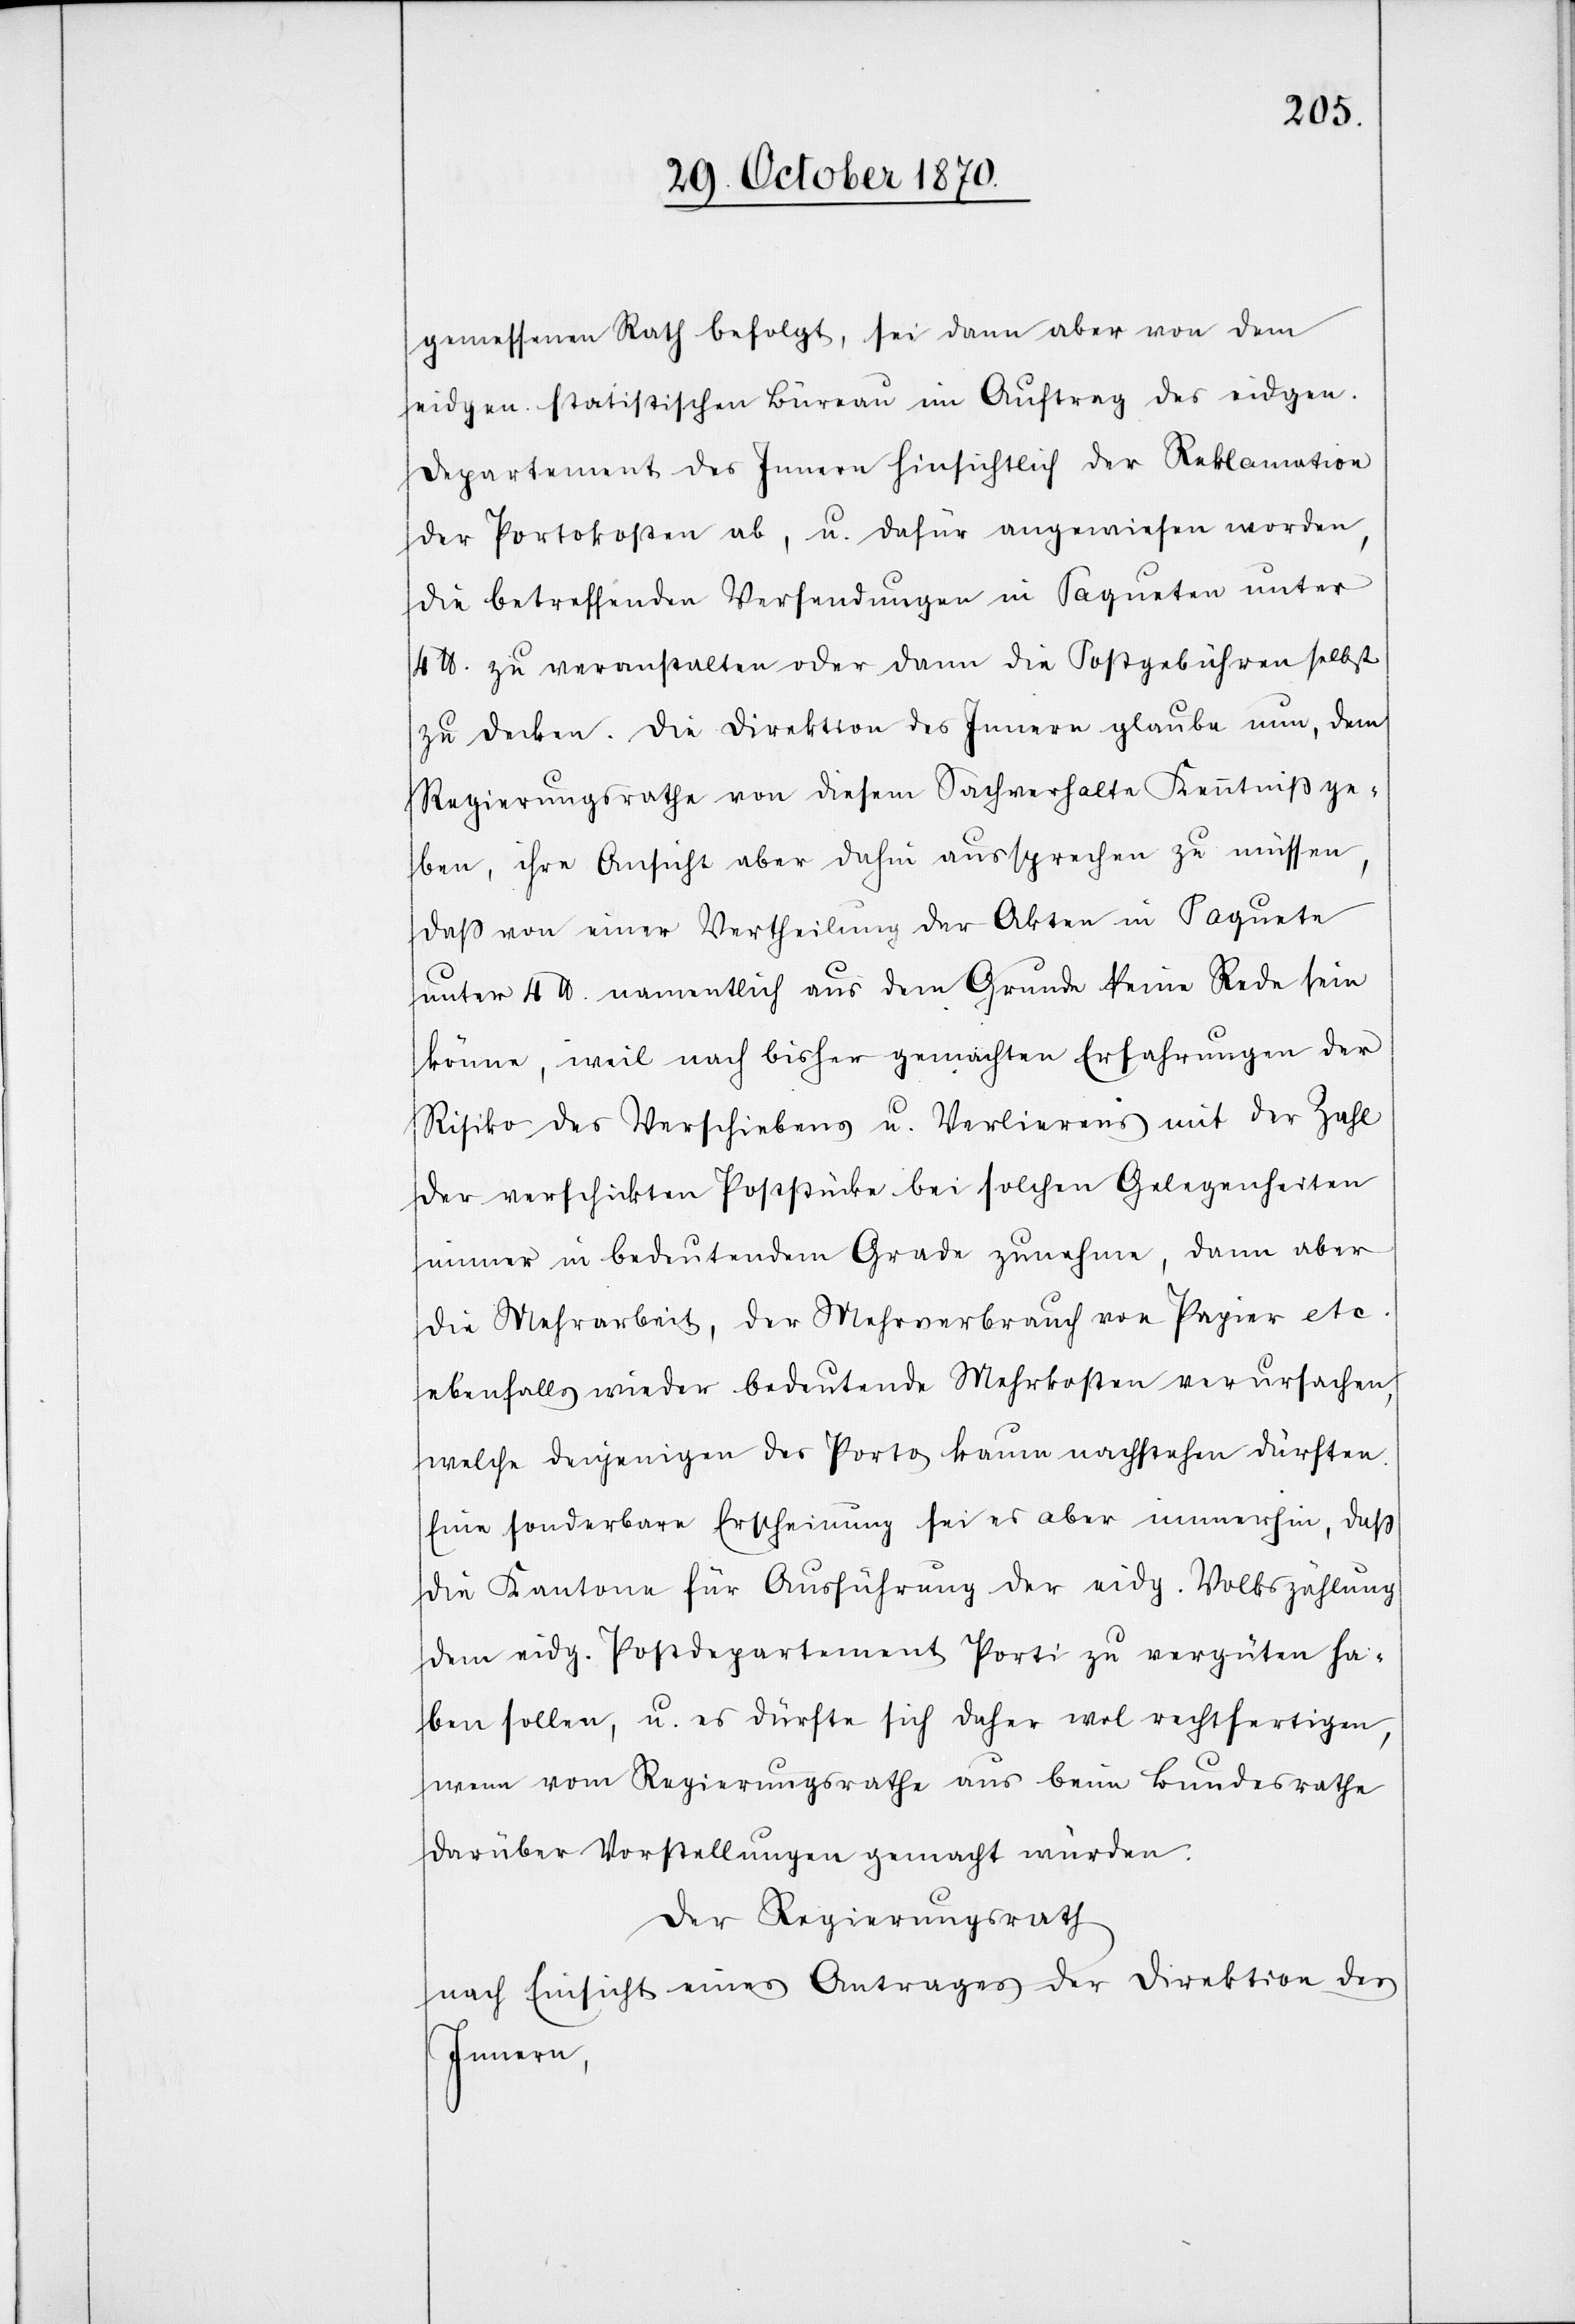
gemessenen Rath befolgt, sei dann aber von dem
eidgen. statistischen Büreau im Auftrag des eidgen.
Departement des Innern hinsichtlich der Reklamation
der Portokosten ab, u. dafür angewiesen worden,
die betreffenden Versendungen in Paqueten unter
4 lb. zu veranstalten oder dann die Postgebühren selbst
zu decken. Die Direktion des Innern glaube nun, dem
Regierungsrathe von diesem Sachverhalte Kenntniß ge¬
ben, ihre Ansicht aber dahin aussprechen zu müssen,
daß von einer Vertheilung der Akten in Paquete
unter 4 lb. namentlich aus dem Grunde keine Rede sein
könne, weil nach bisher gemachten Erfahrungen der
Risiko des Verschiebens u. Verlierens mit der Zahl
der versicherten Poststücke bei solchen Gelegenheiten
immer in bedeutendem Grade zunehme, dann aber
die Mehrarbeit, der Mehrverbrauch von Papier etc.
ebenfalls wieder bedeutende Mehrkosten verursachen,
welche denjenigen des Portos kaum nachstehen dürften.
Eine sonderbare Erscheinung sei es aber immerhin, daß
die Kantone für Ausführung der eidg. Volkszählung
dem eidg. Postdepartement Porti zu vergüten ha¬
ben sollen, u. es dürfte sich daher wol rechtfertigen,
wenn vom Regierungsrathe aus beim Bundesrathe
darüber Vorstellungen gemacht würden.
Der Regierungsrath
nach Einsicht eines Antrages der Direktion des
Innern,